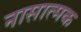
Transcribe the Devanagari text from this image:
नासात्मक